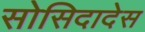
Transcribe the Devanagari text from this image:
सोसिदादेस